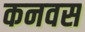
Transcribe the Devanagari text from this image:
कनवस